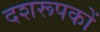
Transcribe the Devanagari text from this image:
दशरूपकों